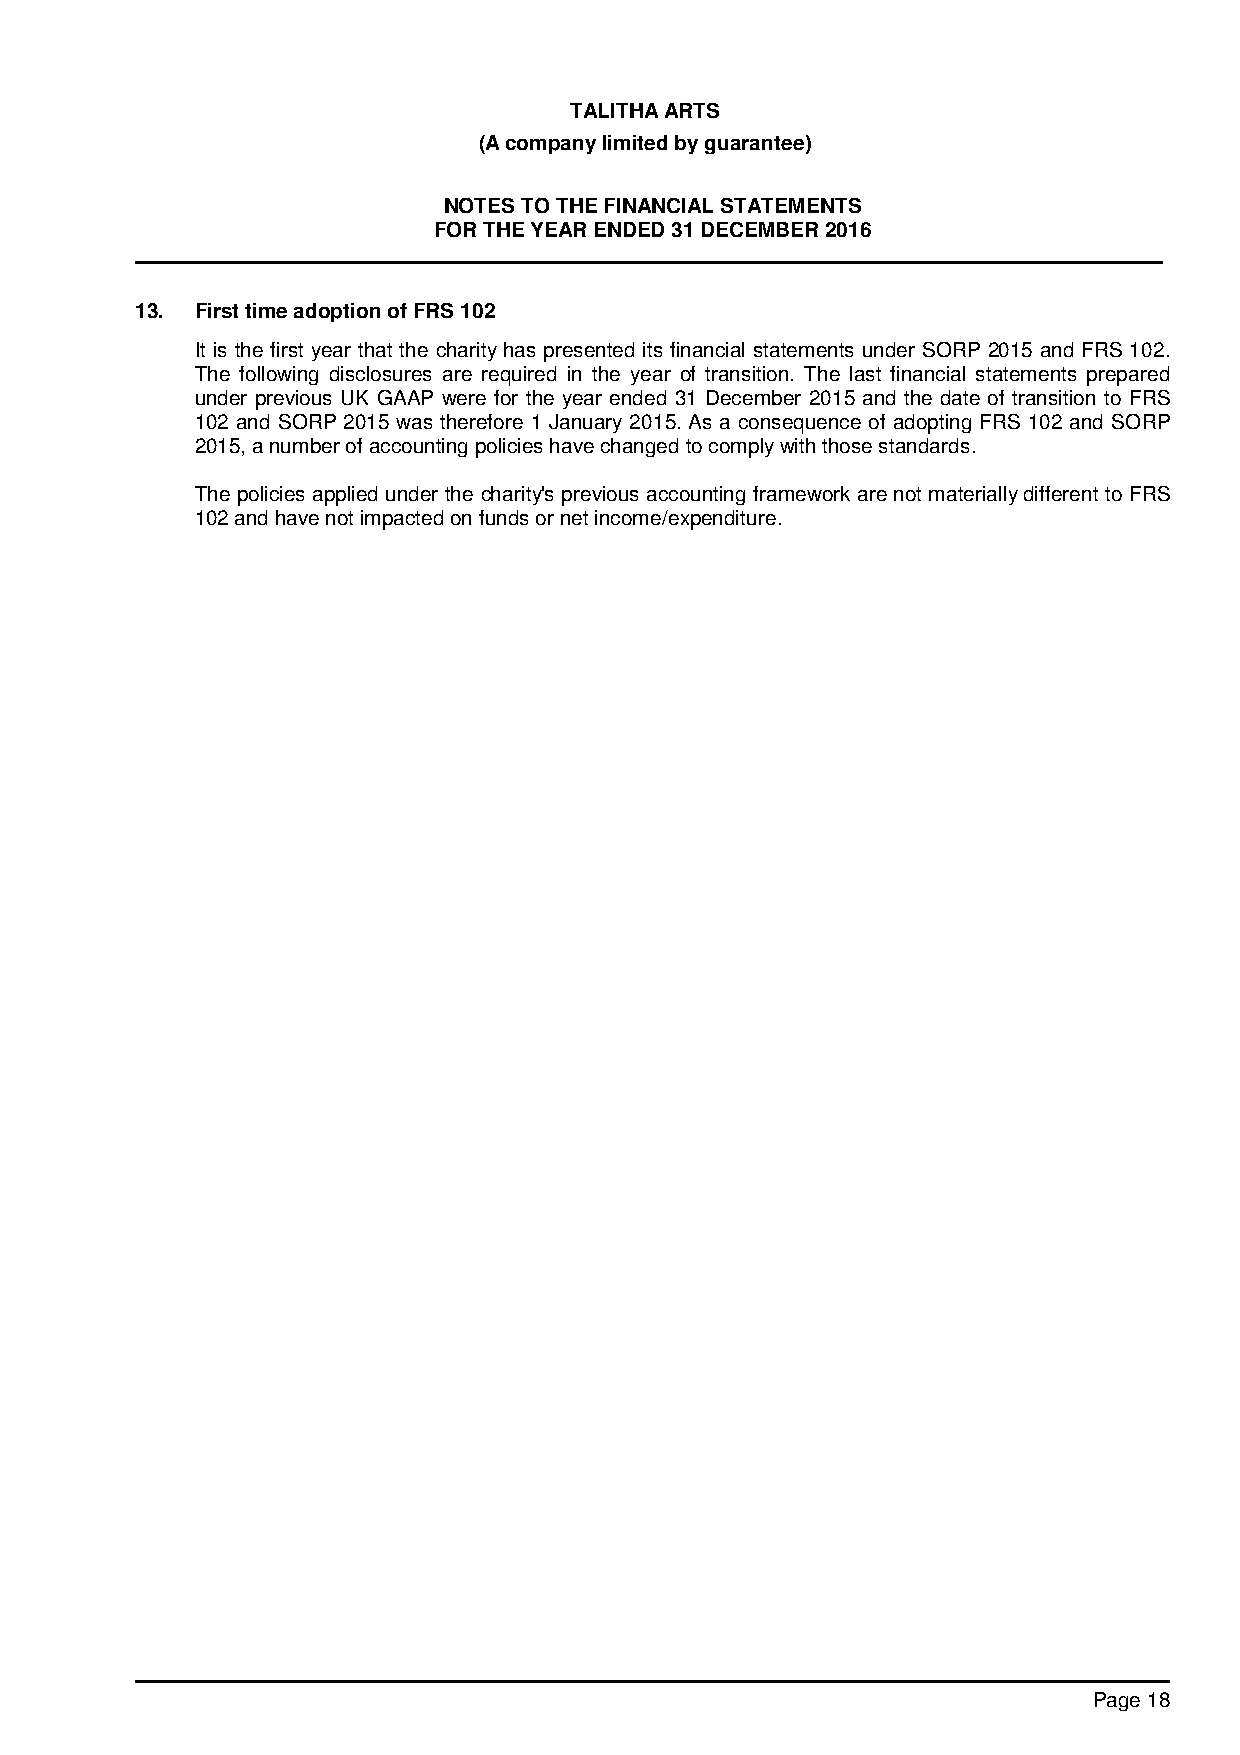
TALITHA ARTS
 (A company limited by guarantee)
 NOTES TO THE FINANCIAL STATEMENTS
 FOR THE YEAR ENDED 31 DECEMBER 2016
 13. First time adoption of FRS 102
 It is the first year that the charity has presented its financial statements under SORP 2015 and FRS 102.
 The following disclosures are required in the year of transition. The last financial statements prepared
 under previous UK GAAP were for the year ended 31 December 2015 and the date of transition to FRS
 102 and SORP 2015 was therefore 1 January 2015. As a consequence of adopting FRS 102 and SORP
 2015, a number of accounting policies have changed to comply with those standards.
 The policies applied under the charity's previous accounting framework are not materially different to FRS
 102 and have not impacted on funds or net income/expenditure.
 Page 18